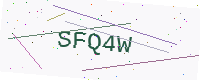
Text: SFQ4W